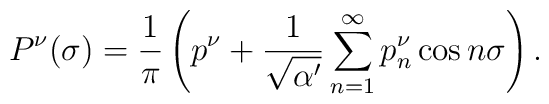
P^{\nu}(\sigma)=\frac{1}{\pi}\left( p^{\nu}+\frac{1}{\sqrt{\alpha'}} \sum_{n =1}^{\infty}p^{\nu}_n\cos n\sigma\right).